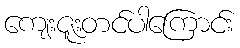
ကျေးဇူးတင်ပါကြောင်း